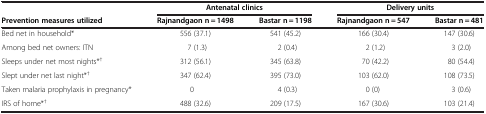
<table><thead><tr><td><b> </b></td><td colspan="2"><b>Antenatal clinics</b></td><td colspan="2"><b>Delivery units</b></td></tr><tr><td><b>Prevention measures utilized</b></td><td><b>Rajnandgaon n = 1498</b></td><td><b>Bastar n = 1198</b></td><td><b>Rajnandgaon n = 547</b></td><td><b>Bastar n = 481</b></td></tr></thead><tbody><tr><td>Bed net in household*</td><td>556 (37.1)</td><td>541 (45.2)</td><td>166 (30.4)</td><td>147 (30.6)</td></tr><tr><td>Among bed net owners: ITN</td><td>7 (1.3)</td><td>2 (0.4)</td><td>2 (1.2)</td><td>3 (2.0)</td></tr><tr><td>Sleeps under net most nights*<sup>†</sup></td><td>312 (56.1)</td><td>345 (63.8)</td><td>70 (42.2)</td><td>80 (54.4)</td></tr><tr><td>Slept under net last night*<sup>†</sup></td><td>347 (62.4)</td><td>395 (73.0)</td><td>103 (62.0)</td><td>108 (73.5)</td></tr><tr><td>Taken malaria prophylaxis in pregnancy*</td><td>0</td><td>4 (0.3)</td><td>0 (0)</td><td>3 (0.6)</td></tr><tr><td>IRS of home*<sup>†</sup></td><td>488 (32.6)</td><td>209 (17.5)</td><td>167 (30.6)</td><td>103 (21.4)</td></tr></tbody></table>